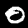
Digit: 0